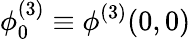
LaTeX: \phi_{0}^{(3)}\equiv\phi^{(3)}(0,0)